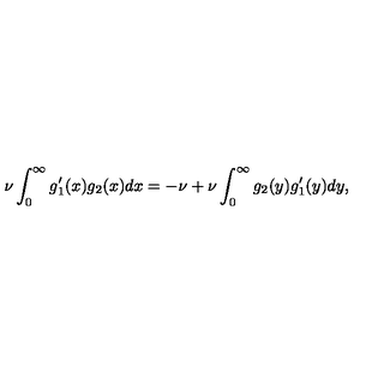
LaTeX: \nu \int _ { 0 } ^ { \infty } g _ { 1 } ^ { \prime } ( x ) g _ { 2 } ( x ) d x = - \nu + \nu \int _ { 0 } ^ { \infty } g _ { 2 } ( y ) g _ { 1 } ^ { \prime } ( y ) d y ,